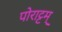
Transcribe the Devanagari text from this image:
पोराट्टम्